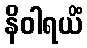
နိဝါရယိံ